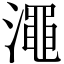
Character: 澠